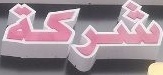
شركة